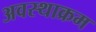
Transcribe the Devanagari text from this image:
अवस्थाक्रम